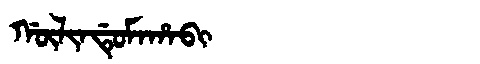
Manchu: ᡤᡡᠯᡳᠨᡩᡠᠮᠠᡥᠠᠪᡳ
Romanization: GŪLINDUMAHABI